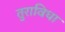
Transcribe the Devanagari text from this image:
तुराविधा